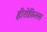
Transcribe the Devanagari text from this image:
हीरोफ़िलस